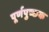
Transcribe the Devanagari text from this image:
पूर्णपुच्छक